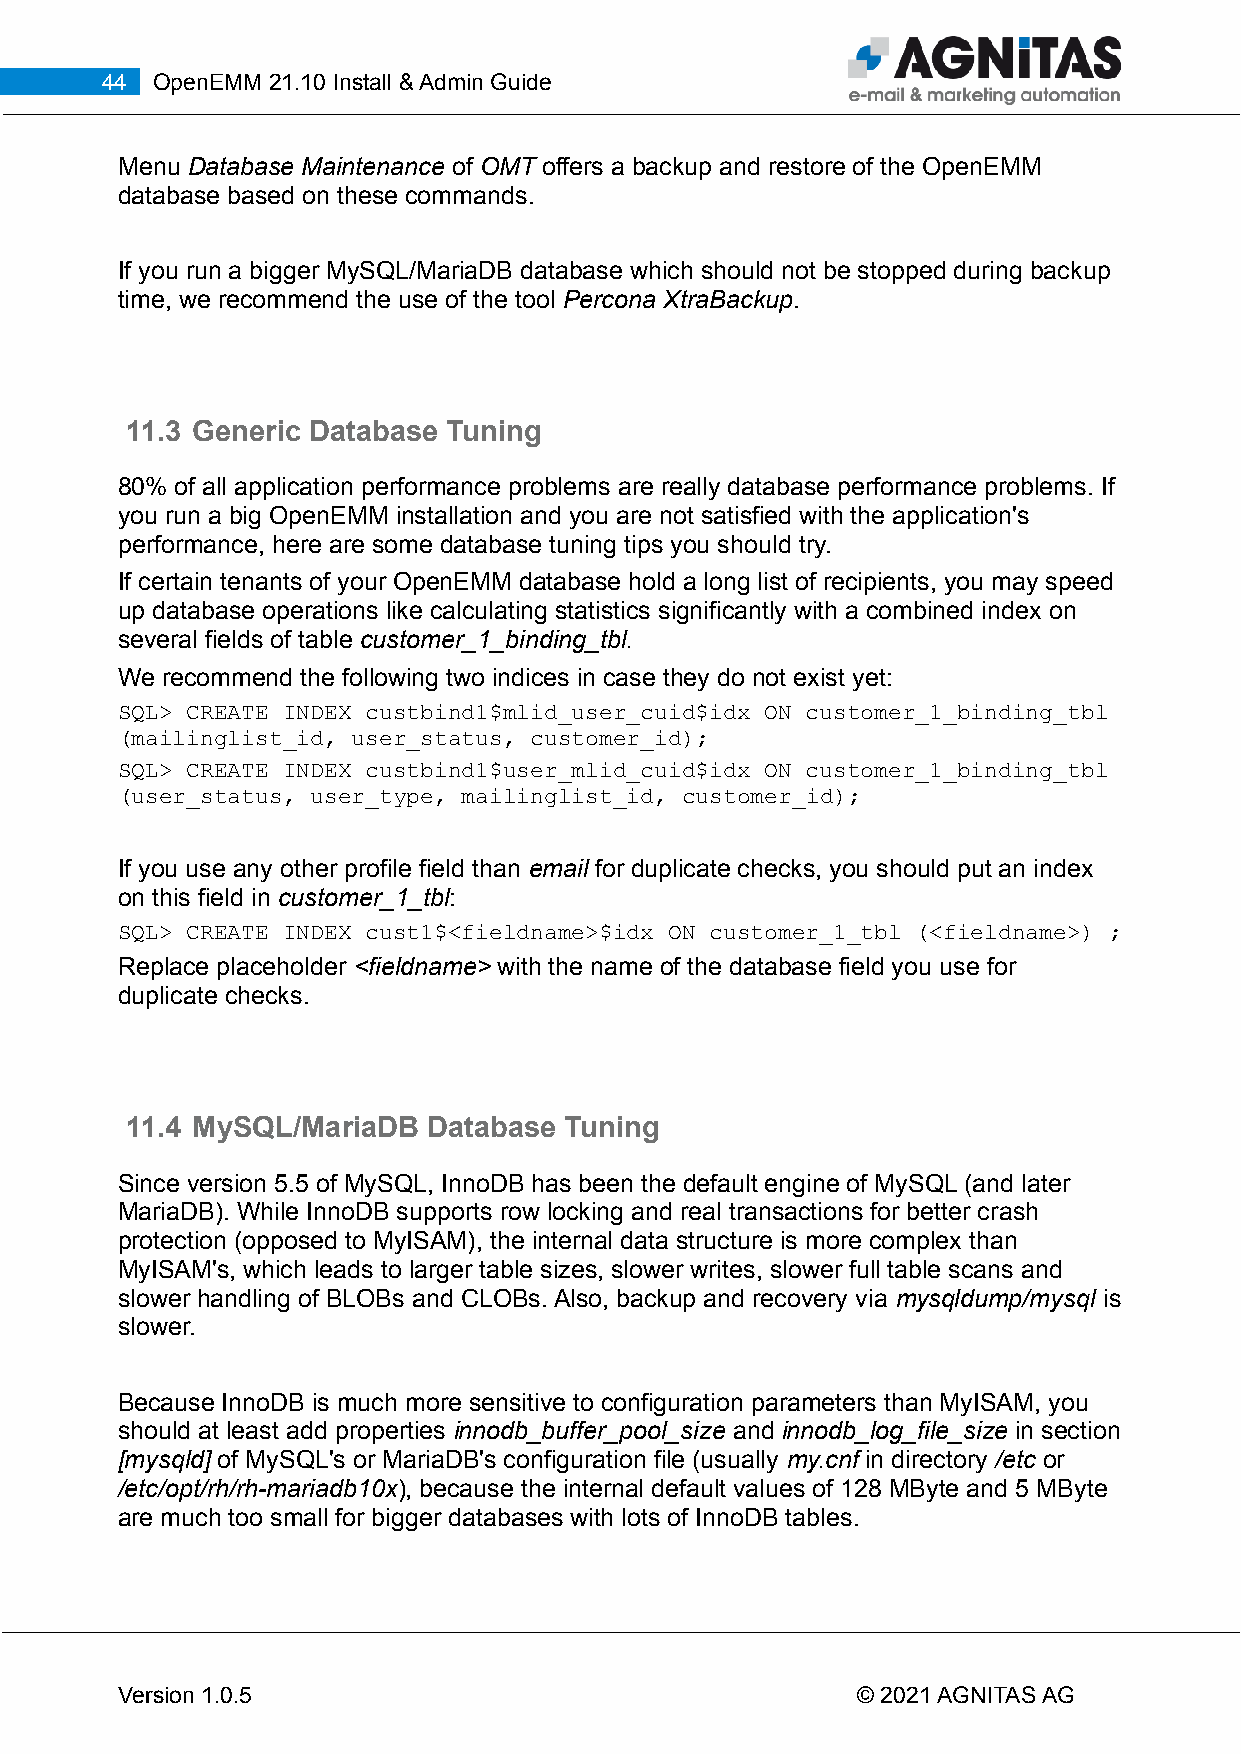
44 OpenEMM 21.10 Install & Admin Guide
 Menu Database Maintenance of OMT offers a backup and restore of the OpenEMM
 database based on these commands.
 If you run a bigger MySQL/MariaDB database which should not be stopped during backup
 time, we recommend the use of the tool Percona XtraBackup.
 11.3 Generic Database Tuning
 80% of all application performance problems are really database performance problems. If
 you run a big OpenEMM installation and you are not satisfied with the application's
 performance, here are some database tuning tips you should try.
 If certain tenants of your OpenEMM database hold a long list of recipients, you may speed
 up database operations like calculating statistics significantly with a combined index on
 several fields of table customer_1_binding_tbl.
 We recommend the following two indices in case they do not exist yet:
 SQL> CREATE INDEX custbind1$mlid_user_cuid$idx ON customer_1_binding_tbl
 (mailinglist_id, user_status, customer_id);
 SQL> CREATE INDEX custbind1$user_mlid_cuid$idx ON customer_1_binding_tbl
 (user_status, user_type, mailinglist_id, customer_id);
 If you use any other profile field than email for duplicate checks, you should put an index
 on this field in customer_1_tbl:
 SQL> CREATE INDEX cust1$<fieldname>$idx ON customer_1_tbl (<fieldname>) ;
 Replace placeholder <fieldname> with the name of the database field you use for
 duplicate checks.
 11.4 MySQL/MariaDB  Database Tuning
 Since version 5.5 of MySQL, InnoDB has been the default engine of MySQL (and later
 MariaDB). While InnoDB supports row locking and real transactions for better crash
 protection (opposed to MyISAM), the internal data structure is more complex than
 MyISAM's, which leads to larger table sizes, slower writes, slower full table scans and
 slower handling of BLOBs and CLOBs. Also, backup and recovery via mysqldump/mysql is
 slower.
 Because InnoDB is much more sensitive to configuration parameters than MyISAM, you
 should at least add properties innodb_buffer_pool_size and innodb_log_file_size in section
 [mysqld] of MySQL's or MariaDB's configuration file (usually my.cnf in directory /etc or
 /etc/opt/rh/rh-mariadb10x), because the internal default values of 128 MByte and 5 MByte
 are much too small for bigger databases with lots of InnoDB tables.
 Version 1.0.5                                    © 2021 AGNITAS AG